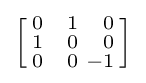
\left[{\begin{smallmatrix}0&{\phantom {+}}1&{\phantom {+}}0\\1&{\phantom {+}}0&{\phantom {+}}0\\0&{\phantom {+}}0&-1\\\end{smallmatrix}}\right]